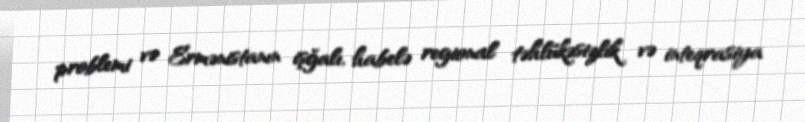
problemi və Ermənistanın işğalı, habelə regional təhlükəsizlik və inteqrasiya